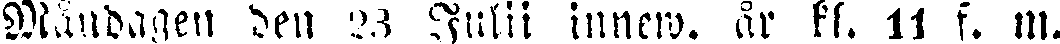
Måndagen den 23 Julii innew. år kl. 11 f. m.